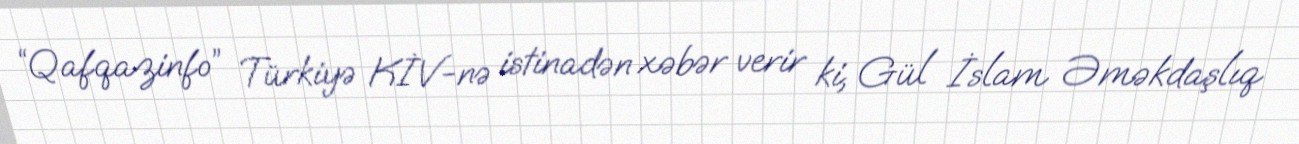
“Qafqazinfo” Türkiyə KİV-nə istinadən xəbər verir ki, Gül İslam Əməkdaşlıq